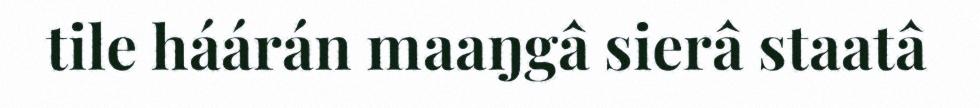
tile háárán maaŋgâ sierâ staatâ